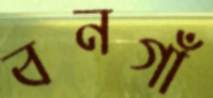
বনগাঁ